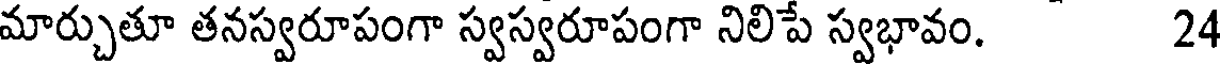
మార్చుతూ తనస్వరూపంగా స్వస్వరూపంగా నిలిపే స్వభావం. 24